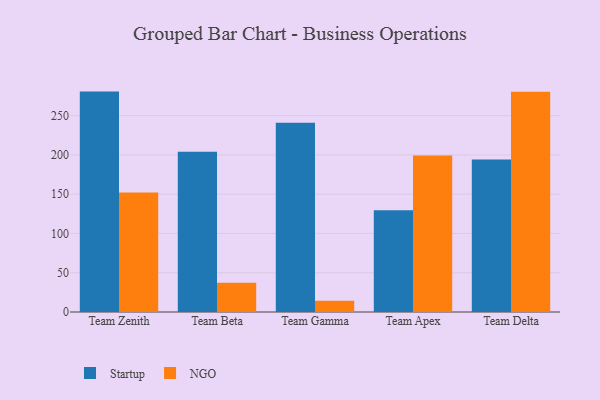
{"axis": {"x": "Team", "y": "Page Views"}, "legend": ["NGO", "Startup"], "data": [{"x": "Team Zenith", "y": 280.6, "type": "Startup"}, {"x": "Team Zenith", "y": 152.0, "type": "NGO"}, {"x": "Team Beta", "y": 203.9, "type": "Startup"}, {"x": "Team Beta", "y": 37.3, "type": "NGO"}, {"x": "Team Gamma", "y": 241.0, "type": "Startup"}, {"x": "Team Gamma", "y": 14.3, "type": "NGO"}, {"x": "Team Apex", "y": 129.4, "type": "Startup"}, {"x": "Team Apex", "y": 199.2, "type": "NGO"}, {"x": "Team Delta", "y": 194.3, "type": "Startup"}, {"x": "Team Delta", "y": 280.5, "type": "NGO"}]}